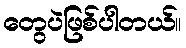
တွေပဲဖြစ်ပါတယ်။